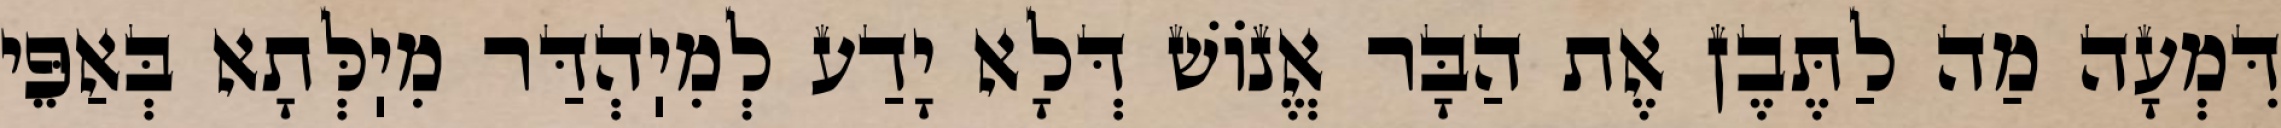
דִּמְעָה מַה לַתֶּבֶן אֶת הַבָּר אֱנוֹשׁ דְּלָא יָדַע לְמִיֽהְדַּר מִיֽלְּתָא בְּאַפֵּי